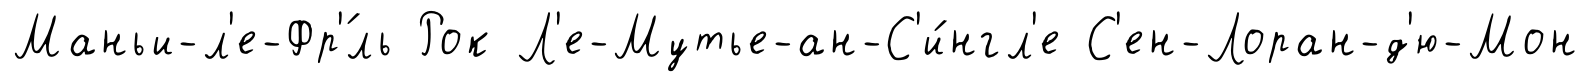
Маньи-л'е-Фр'́ль Рок Л'е-Мутье-ан-С'и́нгл'е С'ен-Лоран-д'ю-Мон